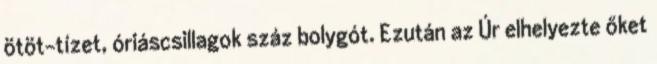
ötöt-tízet, óriáscsillagok száz bolygót. Ezután az Úr elhelyezte őket